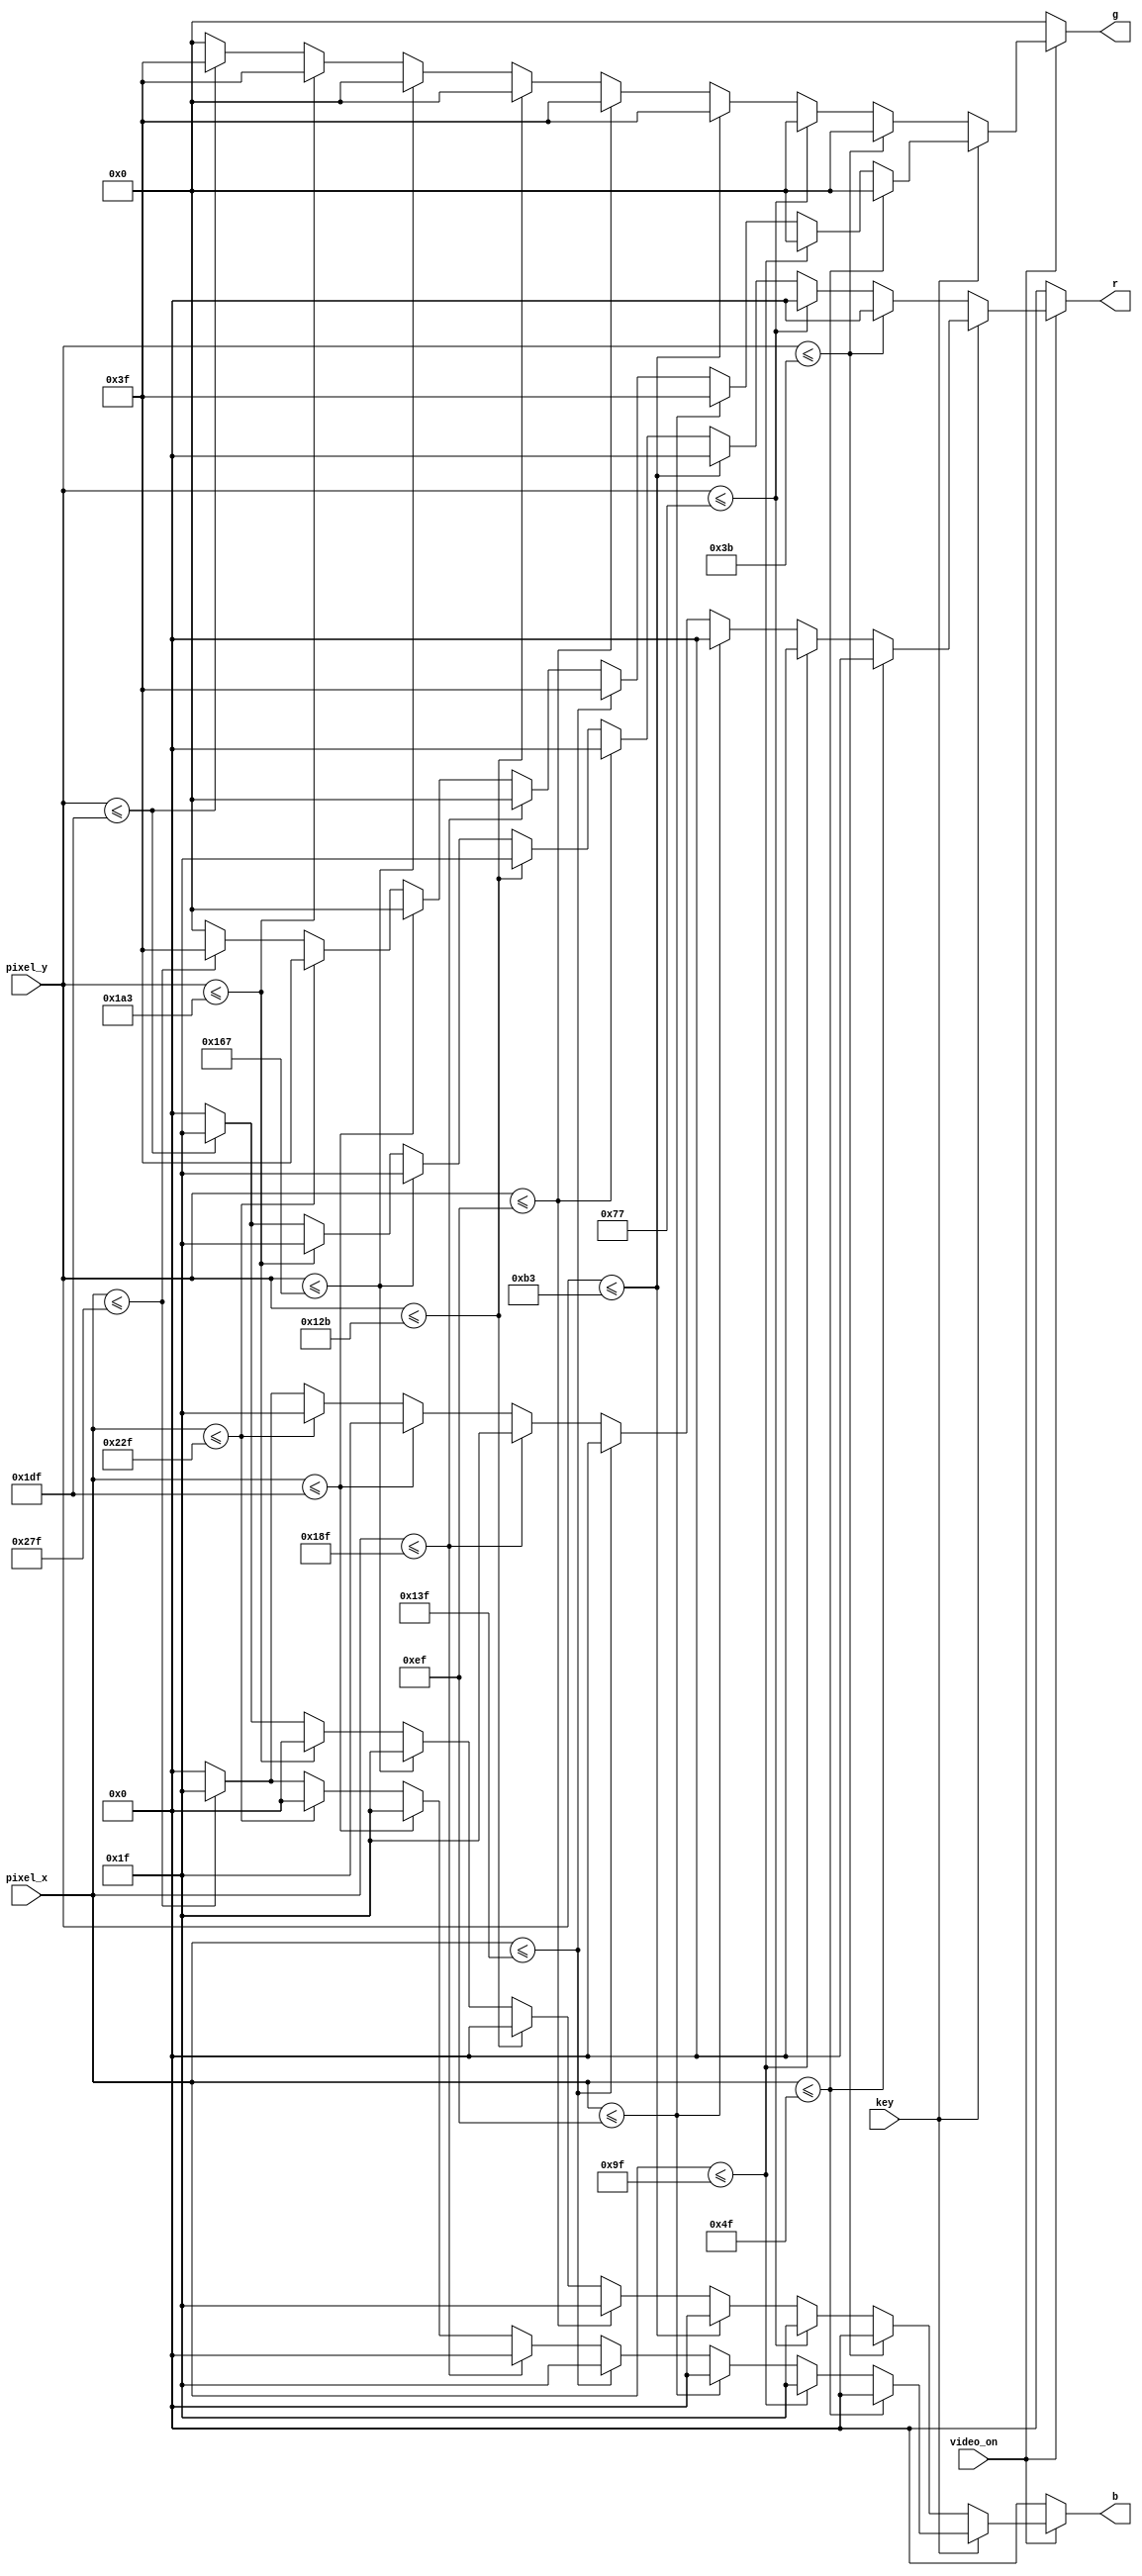
`timescale 1ns / 1ps

module vga_test_pattern(
		input key,
		input video_on,
		input[11:0] pixel_x,pixel_y,
		output reg[4:0] r,
		output reg[5:0] g,
		output reg[4:0] b
    ); 
	 //640x480 resolution
	 localparam  SCREEN_LENGTH=640,
					 SCREEN_WIDTH=480,
					 LENGTH=SCREEN_LENGTH/8,
					 WIDTH=SCREEN_WIDTH/8;
					 ;
	always @* begin
		r=0;
		g=0;
		b=0;
		if(video_on) begin
			if(key) begin //vertical strip
				if(pixel_x<=LENGTH-1) r=0;  //000
				else if(pixel_x<=(2*LENGTH-1)) b=5'b111_11; //001
				else if(pixel_x<=(3*LENGTH-1)) g=6'b111_111; //010
				else if(pixel_x<=(4*LENGTH-1)) begin //011
					g=6'b111_111;
					b=5'b111_11;
				end
				else if(pixel_x<=(5*LENGTH-1)) r=5'b111_11; //100
				else if(pixel_x<=(6*LENGTH-1)) begin //101
					r=5'b111_11;
					b=5'b111_11;
				end
				else if(pixel_x<=(7*LENGTH-1)) begin //110
					r=5'b111_11;
					g=6'b111_111;
				end
				else if(pixel_x<=(8*LENGTH-1)) begin //111
					r=5'b111_11;
					g=6'b111_111;
					b=5'b111_11;
				end
			end
			
			else begin //horizontal strip
				if(pixel_y<=WIDTH-1) r=0; //000
				else if(pixel_y<=(2*WIDTH-1)) b=5'b111_11; //001
				else if(pixel_y<=(3*WIDTH-1)) g=6'b111_111; //010
				else if(pixel_y<=(4*WIDTH-1)) begin //011
					g=6'b111_111;
					b=5'b111_11;
				end
				else if(pixel_y<=(5*WIDTH-1)) r=5'b111_11; //100
				else if(pixel_y<=(6*WIDTH-1)) begin //101
					r=5'b111_11;
					b=5'b111_11;
				end
				else if(pixel_y<=(7*WIDTH-1)) begin //110
					r=5'b111_11;
					g=6'b111_111;
				end
				else if(pixel_y<=(8*WIDTH-1)) begin //111
					r=5'b111_11;
					g=6'b111_111;
					b=5'b111_11;
				end
			end
		end
	end
	

endmodule